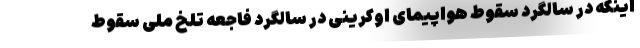
اینکه در سالگرد سقوط هواپیمای اوکرینی در سالگرد فاجعه تلخ ملی سقوط